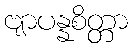
ဗျာပန္နစိတ္တာ